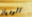
الوديان